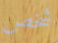
شخص